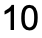
10